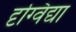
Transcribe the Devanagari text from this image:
दृग्विद्या